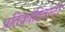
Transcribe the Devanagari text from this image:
प्रतिक्रांतिवादी